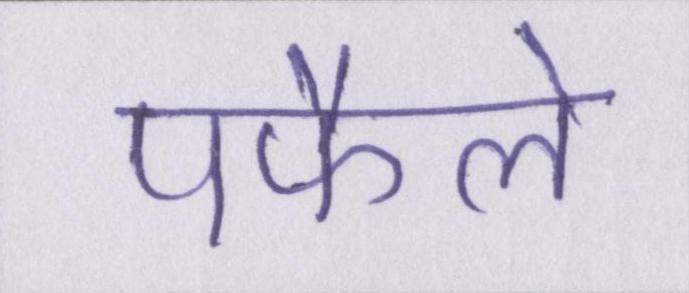
पफैले